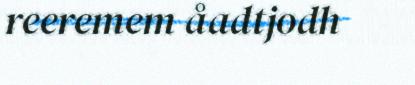
reeremem åadtjodh